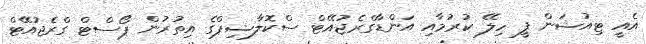
އެއީ ޓިއުޝަން ފީ ހިލޭ ކުރުމާއި އަންޑާގްރެޖުއޭޓް ސްކޮލާޝިޕްގެ އިތުރުން ޕޯސްޓް ގްރެޖުއޭޓް